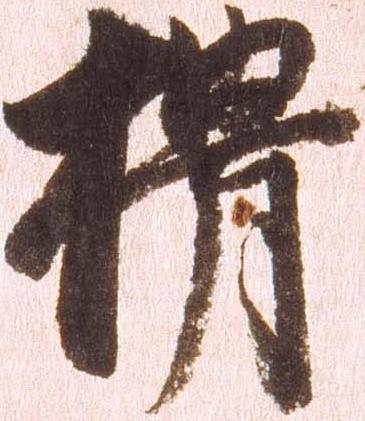
榾